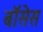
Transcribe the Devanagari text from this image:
बॉसेस